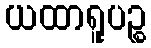
ယထာရူပဉ္စ